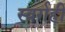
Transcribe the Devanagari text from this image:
स्वर्गही